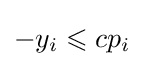
-y_{i}\leqslant cp_{i}